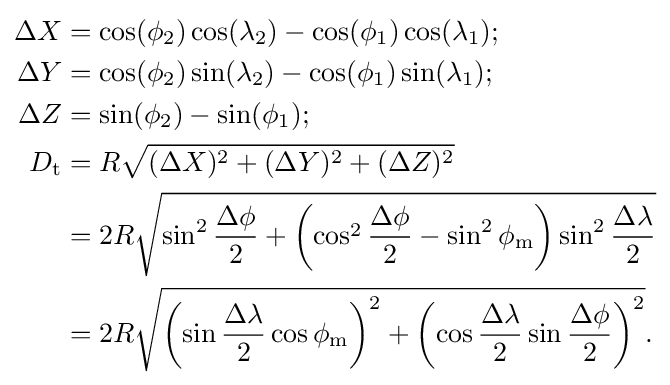
{\begin{aligned}\Delta {X}&=\cos(\phi _{2})\cos(\lambda _{2})-\cos(\phi _{1})\cos(\lambda _{1});\\\Delta {Y}&=\cos(\phi _{2})\sin(\lambda _{2})-\cos(\phi _{1})\sin(\lambda _{1});\\\Delta {Z}&=\sin(\phi _{2})-\sin(\phi _{1});\\D_{\textrm {t}}&=R{\sqrt {(\Delta {X})^{2}+(\Delta {Y})^{2}+(\Delta {Z})^{2}}}\\&=2R{\sqrt {\sin ^{2}{\frac {\Delta \phi }{2}}+\left(\cos ^{2}{\frac {\Delta \phi }{2}}-\sin ^{2}\phi _{\textrm {m}}\right)\sin ^{2}{\frac {\Delta \lambda }{2}}}}\\&=2R{\sqrt {\left(\sin {\frac {\Delta \lambda }{2}}\cos \phi _{\textrm {m}}\right)^{2}+\left(\cos {\frac {\Delta \lambda }{2}}\sin {\frac {\Delta \phi }{2}}\right)^{2}}}.\end{aligned}}